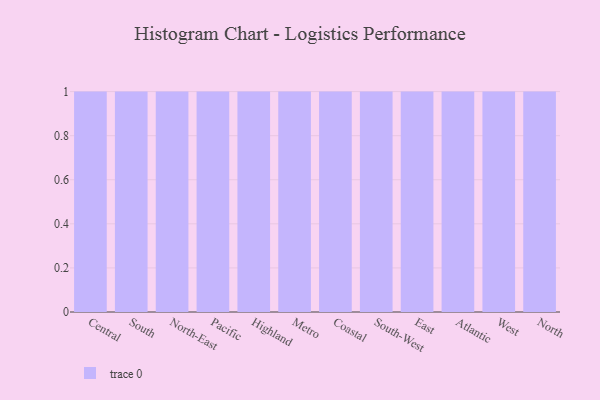
{"axis": {"x": "Region", "y": "Customer Acquisition Cost (USD)"}, "legend": [""], "data": [{"x": "Central", "y": 94, "type": ""}, {"x": "South", "y": 48, "type": ""}, {"x": "North-East", "y": 19, "type": ""}, {"x": "Pacific", "y": 2, "type": ""}, {"x": "Highland", "y": 11, "type": ""}, {"x": "Metro", "y": 7, "type": ""}, {"x": "Coastal", "y": 88, "type": ""}, {"x": "South-West", "y": 3, "type": ""}, {"x": "East", "y": 61, "type": ""}, {"x": "Atlantic", "y": 84, "type": ""}, {"x": "West", "y": 61, "type": ""}, {"x": "North", "y": 51, "type": ""}]}